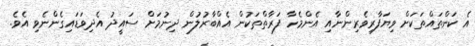
އެ ކަންތައްތަކަށް ވިޔަފާރިވެރިންނާއި އެންމެހާ ފަރާތްތަކުން އެއްބާރުލުން ދިނުމަށް ސައީދު އެދިވަޑައިގެންނެވި އެވެ.